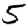
Digit: 5